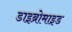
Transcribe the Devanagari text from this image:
डाइब्रोमाइड